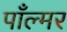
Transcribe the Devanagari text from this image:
पाँल्मर